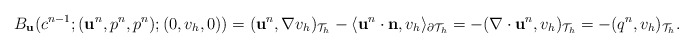
\begin{align*}\begin{aligned}B_\mathbf{u}(c^{n-1};(\mathbf{u}^{n},p^{n},p^{n});(0,v_h,0))=(\mathbf{u}^{n},\nabla v_h)_{\mathcal{T}_h}-\langle\mathbf{u}^{n}\cdot\mathbf{n},v_h\rangle_{\partial\mathcal{T}_h}=-(\nabla\cdot\mathbf{u}^{n},v_h)_{\mathcal{T}_h}=-(q^{n},v_h)_{\mathcal{T}_h}.\end{aligned}\end{align*}